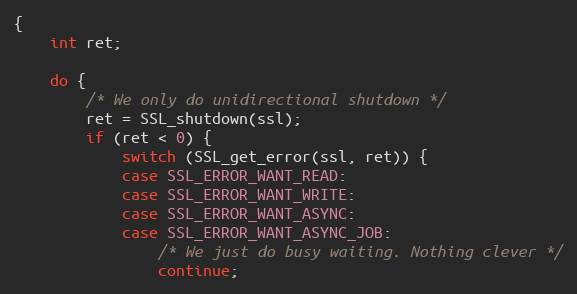
Language: C
{
    int ret;

    do {
        /* We only do unidirectional shutdown */
        ret = SSL_shutdown(ssl);
        if (ret < 0) {
            switch (SSL_get_error(ssl, ret)) {
            case SSL_ERROR_WANT_READ:
            case SSL_ERROR_WANT_WRITE:
            case SSL_ERROR_WANT_ASYNC:
            case SSL_ERROR_WANT_ASYNC_JOB:
                /* We just do busy waiting. Nothing clever */
                continue;